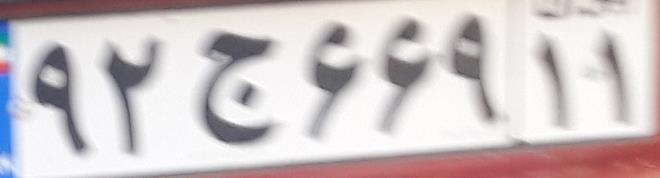
۹۲ج۶۶۹۱۱